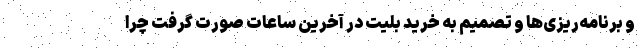
و برنامه‌ریزی‌ها و تصمیم به خرید بلیت در آخرین ساعات صورت گرفت چرا